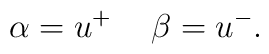
\alpha = u^{+} \hspace{0.5cm} \beta = u^{-} .